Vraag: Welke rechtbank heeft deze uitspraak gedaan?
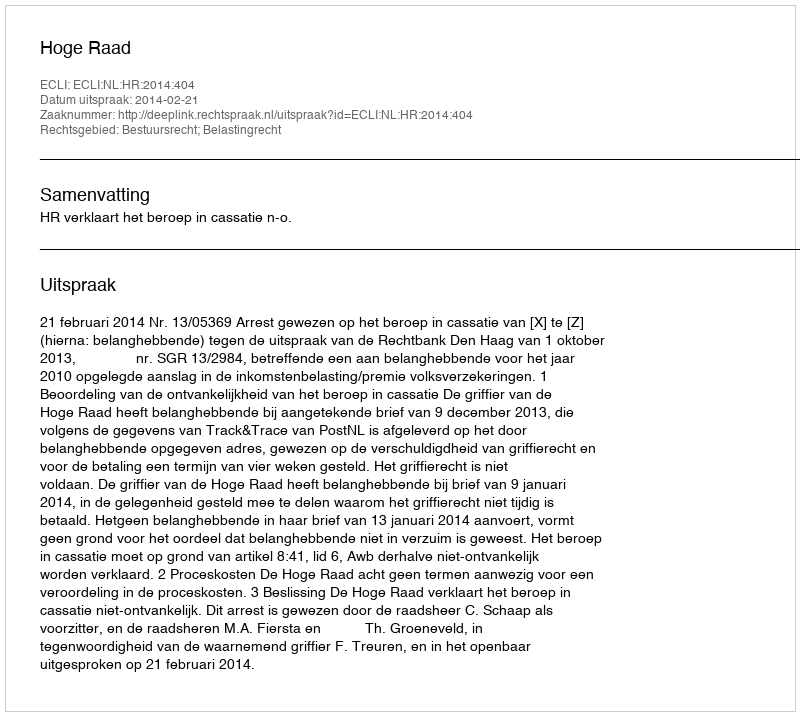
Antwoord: Hoge Raad